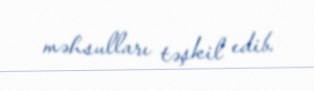
məhsulları təşkil edib.